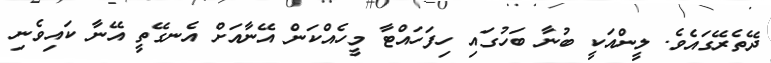
ދޭތެރޭގައެވެ. ލީންއަކީ ބުނާ ބަހުގައި ހިފަހައްޓާ މީހެއްކަން އޭނާއަށް އެނގޭތީ އޭނާ ކައިވެނި